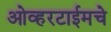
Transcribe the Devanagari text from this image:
ओव्हरटाईमचे